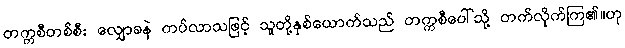
တက္ကစီတစ်စီး လျှောခနဲ ကပ်လာသဖြင့် သူတို့နှစ်ယောက်သည် တက္ကစီပေါ်သို့ တက်လိုက်ကြ၏။ဟု